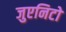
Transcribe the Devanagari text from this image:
जुएनिटो